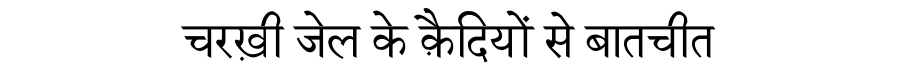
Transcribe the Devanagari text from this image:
चरख़ी जेल के क़ैदियों से बातचीत